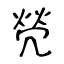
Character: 焭